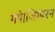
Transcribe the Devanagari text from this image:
गये।जिम्बरन